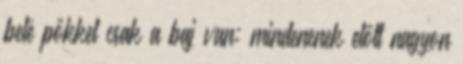
belé­ pőkkel csak a baj van: mindenenek­ előtt nagyon